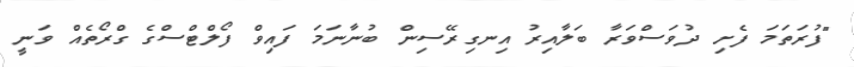
"ފުރަތަމަ ފެށި ދުވަސްވަރާ ބަލާއިރު އިނގިރޭސިން ބުނާނަމަ ފައިވް ފޯލްޓްސްގެ ގްރޯތެއް ވަނީ